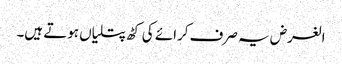
الغرض یہ صرف کرائے کی کٹھ پتلیاں ہوتے ہیں۔